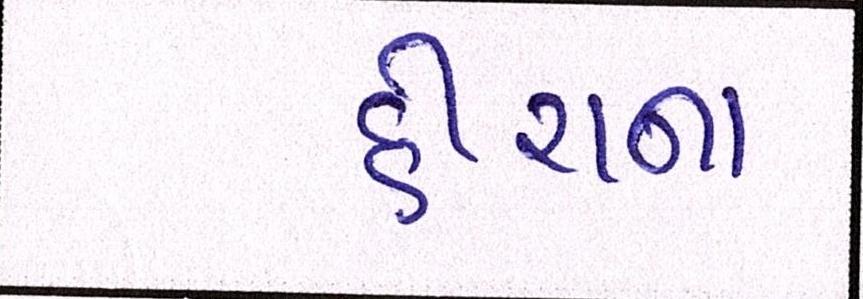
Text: હીરાના